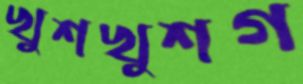
খুশখুশগ